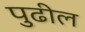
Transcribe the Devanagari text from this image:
पुुढील